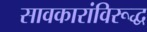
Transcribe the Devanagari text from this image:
सावकारांविरूद्ध